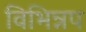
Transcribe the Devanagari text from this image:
विभिन्नप